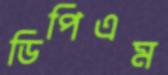
ডিপিএম